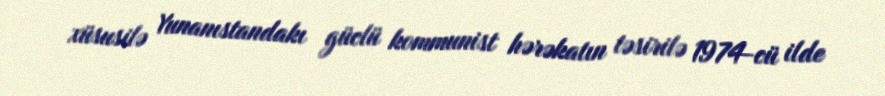
xüsusilə Yunanıstandakı güclü kommunist hərəkatın təsirilə 1974-cü ilde